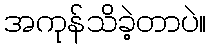
အကုန်သိခဲ့တာပဲ။